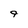
Character: 9